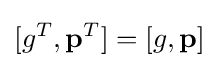
[g^{T},\mathbf {p} ^{T}]=[g,\mathbf {p} ]